system: You are a helpful assistant.
user:
Analyze the provided spectrum to determine if it is a **"Cataclysmic Variables (CV)"**.

- **Key Indicators for CV (Check for either state):**
    - **State 1: Quiescent / Low-State (Emission-Dominated)**
        - **(Primary):** Strong and *very broad* Hydrogen Balmer emission lines (e.g., $H\alpha$ at 6563 Å, $H\beta$ at 4861 Å). The 'broadness' (high velocity dispersion, often FWHM > 1000 km/s) is the key diagnostic, indicating a high-velocity accretion disk.
        - **(Secondary):** Broad neutral Helium (He I) emission lines (e.g., 5876 Å, 6678 Å).
        - **(Key Confirmation):** Presence of high-excitation *ionized* Helium (He II) emission at 4686 Å. This is a strong indicator of accretion onto a white dwarf.
        - **(Line Profile):** Emission lines may exhibit a 'double-peaked' profile, which is a classic signature of a rotating accretion disk viewed at high inclination.

    - **State 2: Outburst / High-State (Absorption-Dominated)**
        - **(Primary):** Spectrum is dominated by a bright, blue continuum (looks like a hot star).
        - **(Secondary):** The emission lines from State 1 are weak, absent, or 'filled in', and are replaced by broad, shallow *absorption* lines (primarily Balmer and He I).
        - **(Morphology):** The overall spectrum mimics a hot B/A-type star. The crucial difference is that the absorption lines are significantly broader, shallower, and more 'washed-out' (or 'smeared') than the sharp lines of a normal stellar photosphere, due to high rotational speeds and pressure broadening in the disk.

Think first, call **spectral_visualization_tool** if needed to examine features in detail, then provide your final answer. Your response must adhere to the following strict rules:
1.  **Overall Structure:** Your response must follow the format `<think>...</think> <tool_call>...</tool_call> (if a tool is used) <answer>...</answer>`.
2.  **Tool Usage Constraint:** You may only make **one** tool call per turn.
3.  **Final Answer Format:** In the `<answer>` tag, your conclusion must be inside a `\boxed{}` command (e.g., `\boxed{YES}`), followed by your justification.

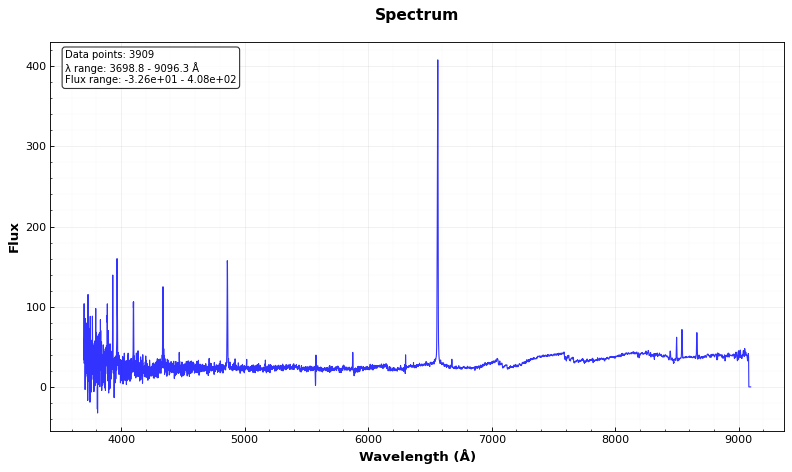
Answer: YES